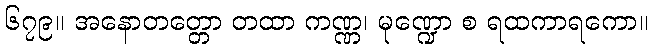
၆၇၉။ အနောတတ္တော တထာ ကဏ္ဏ၊ မုဏ္ဍော စ ရထကာရကော။